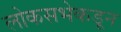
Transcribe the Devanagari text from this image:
लोकसभेकडून